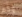
وكم